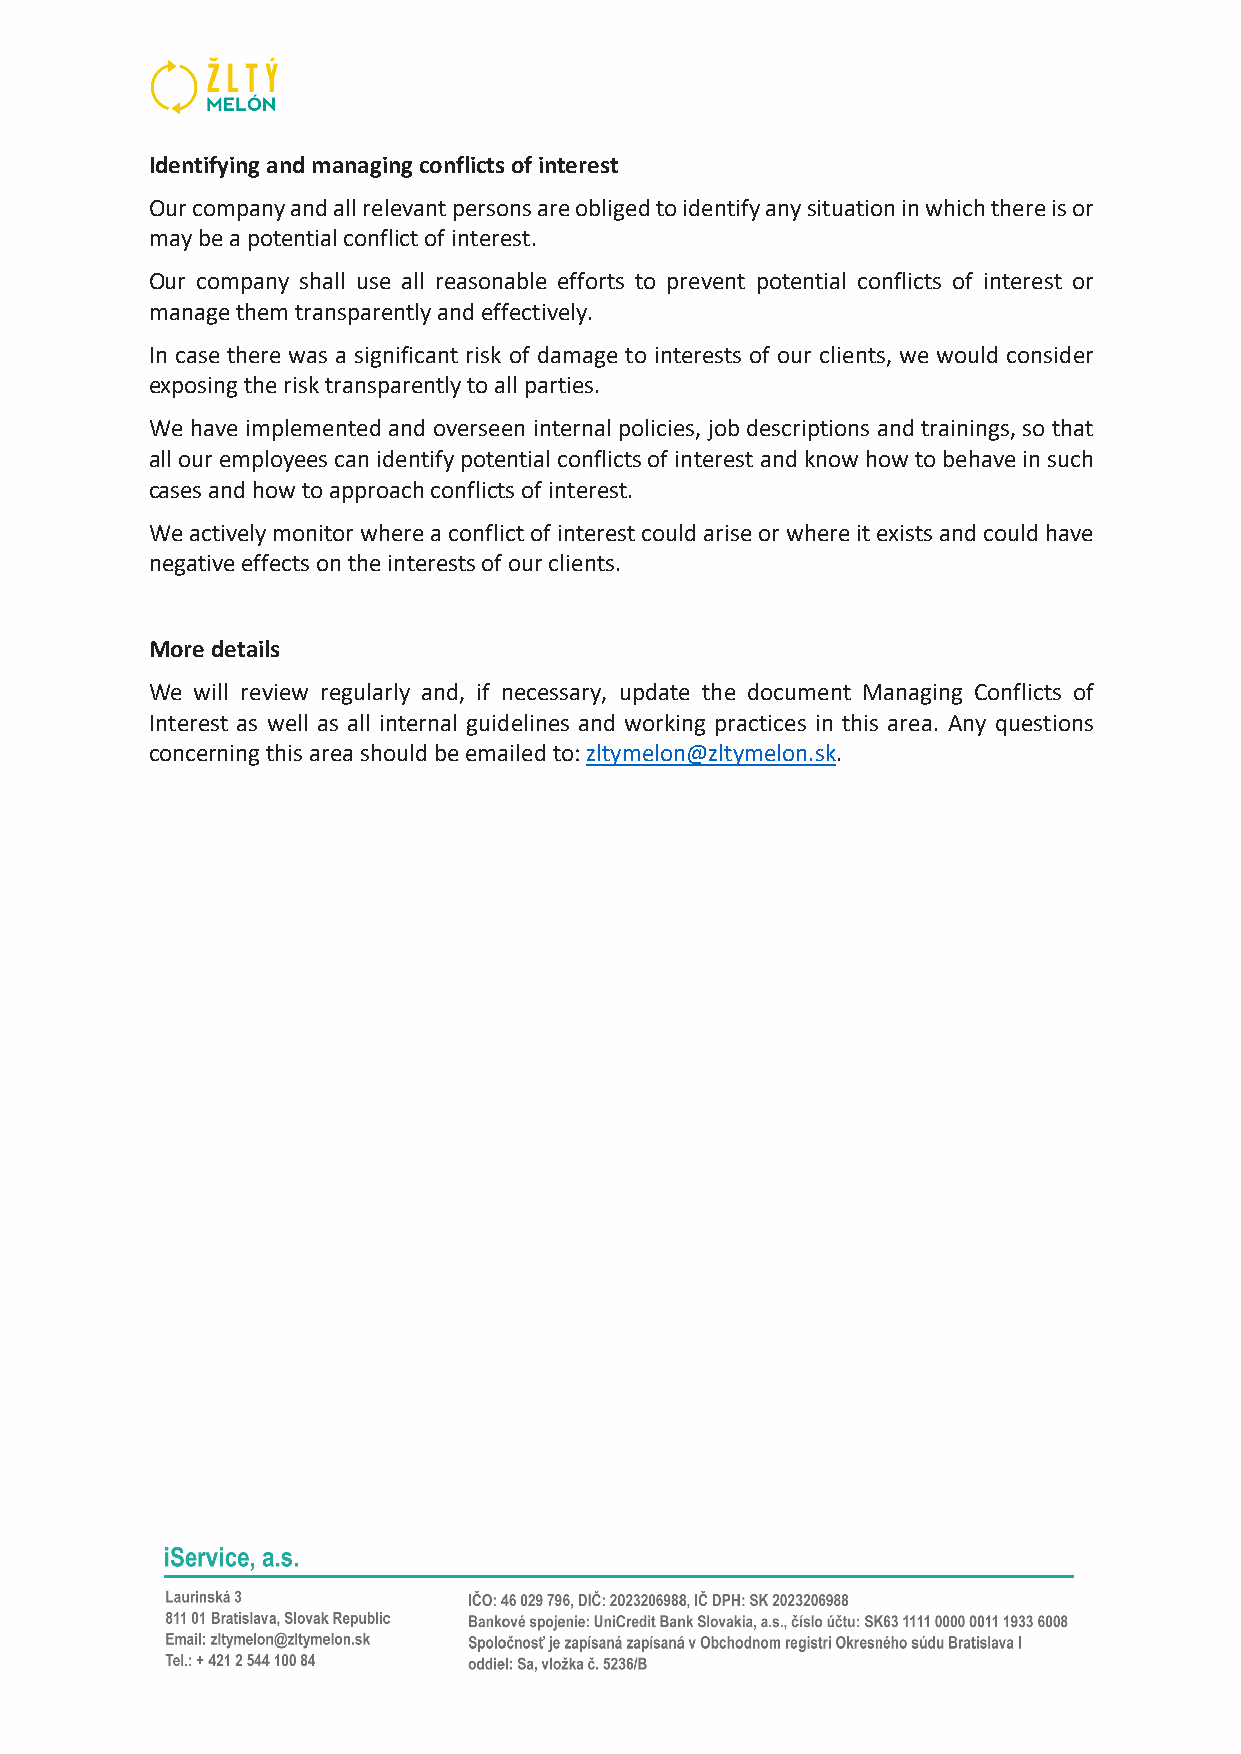
Identifying and managing conflicts of interest
 Our company and all relevant persons are obliged to identify any situation in which there is or
 may be a potential conflict of interest.
 Our company shall use all reasonable efforts to prevent potential conflicts of interest or
 manage them transparently and effectively.
 In case there was a significant risk of damage to interests of our clients, we would consider
 exposing the risk transparently to all parties.
 We have implemented and overseen internal policies, job descriptions and trainings, so that
 all our employees can identify potential conflicts of interest and know how to behave in such
 cases and how to approach conflicts of interest.
 We actively monitor where a conflict of interest could arise or where it exists and could have
 negative effects on the interests of our clients.
 More details
 We will review regularly and, if necessary, update the document Managing Conflicts of
 Interest as well as all internal guidelines and working practices in this area. Any questions
 concerning this area should be emailed to: zltymelon@zltymelon.sk.